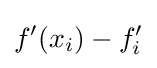
f'(x_{i})-f'_{i}